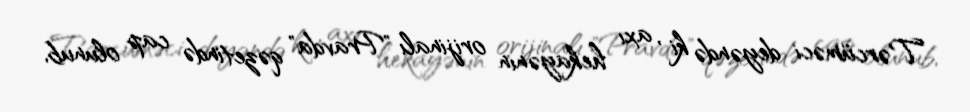
Tərcüməci deyəndə ki , axı hekayənin orijinalı "Pravda" qəzetində cap olunub,